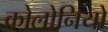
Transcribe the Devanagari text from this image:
कोलोनियों